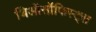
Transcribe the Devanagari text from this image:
थिऑसॉफिस्ट्स